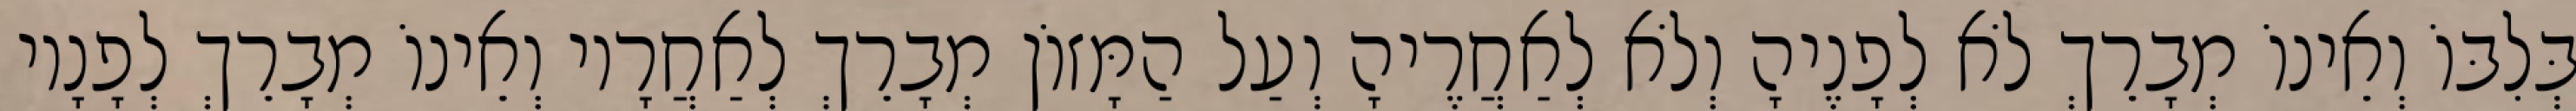
בְּלִבּוֹ וְאֵינוֹ מְבָרֵךְ לֹא לְפָנֶיהָ וְלֹא לְאַחֲרֶיהָ וְעַל הַמָּזוֹן מְבָרֵךְ לְאַחֲרָיו וְאֵינוֹ מְבָרֵךְ לְפָנָיו